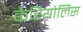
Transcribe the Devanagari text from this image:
कैरियोलिस